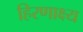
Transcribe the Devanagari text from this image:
हिरणाक्ष्य